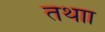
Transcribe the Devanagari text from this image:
तथाा